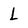
Character: L